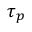
\tau _ { p }